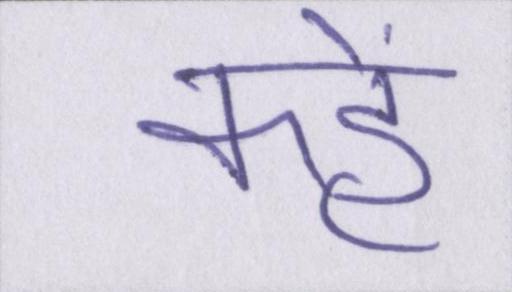
कहें